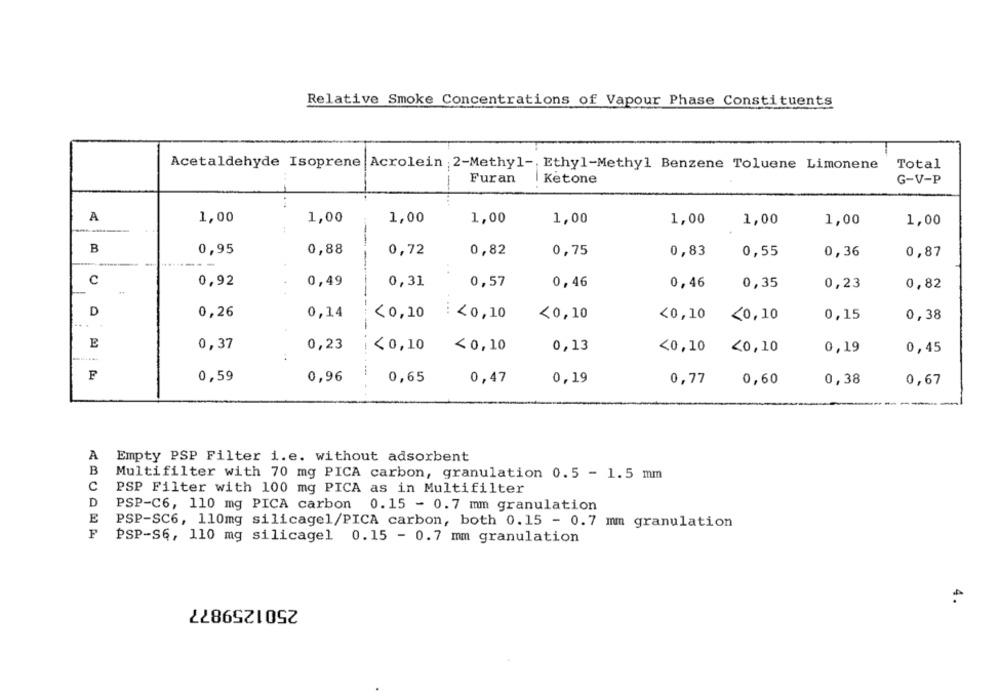
Relative Smoke Concentrations of Vapour Phase Constituents
Acetaldehyde Isoprene Acrolein 2-Methyl -, Ethyl-Methyl Benzene Toluene Limonene
Total
Furan
Ketone
G-V-P
A
1,00
1,00
1,00
1,00
1,00
1,00
1,00
1,00
1,00
:
--
B
0,95
0,88
0,72
0,82
0,75
0,83
0,87
0,55
0,36
-
-
c
0,92
0,49
0,31
0,57
0,46
0,46
0,35
0,23
0,82
D
0,26
0,14
<0,10
<0,10
<0,10
<0,10
<0,10
0,15
0,38
E
0,37
0,23
<0,10
<0,10
0,13
<0,10
<0,10
0,19
0,45
F
0,59
0,96
0,65
0,47
0,19
0,77
0,60
0,38
0,67
A
Empty PSP Filter i.e. without adsorbent
B
Multifilter with 70 mg PICA carbon, granulation 0.5 - 1.5 mm
C
PSP Filter with 100 mg PICA as in Multifilter
D
PSP-C6, 110 mg PICA carbon 0.15 - 0.7 mm granulation
E
PSP-SC6, 110mg silicagel/PICA carbon, both 0.15 - 0.7 mm granulation
PSP-S6, 110 mg silicagel 0.15 - 0.7 mm granulation
2501259877
4.